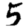
Digit: 5